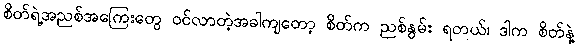
စိတ်ရဲ့အညစ်အကြေးတွေ ဝင်လာတဲ့အခါကျတော့ စိတ်က ညစ်နွမ်း ရတယ်၊ ဒါက စိတ်နဲ့